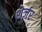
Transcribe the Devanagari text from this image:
शेर्ज़र